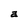
Character: a